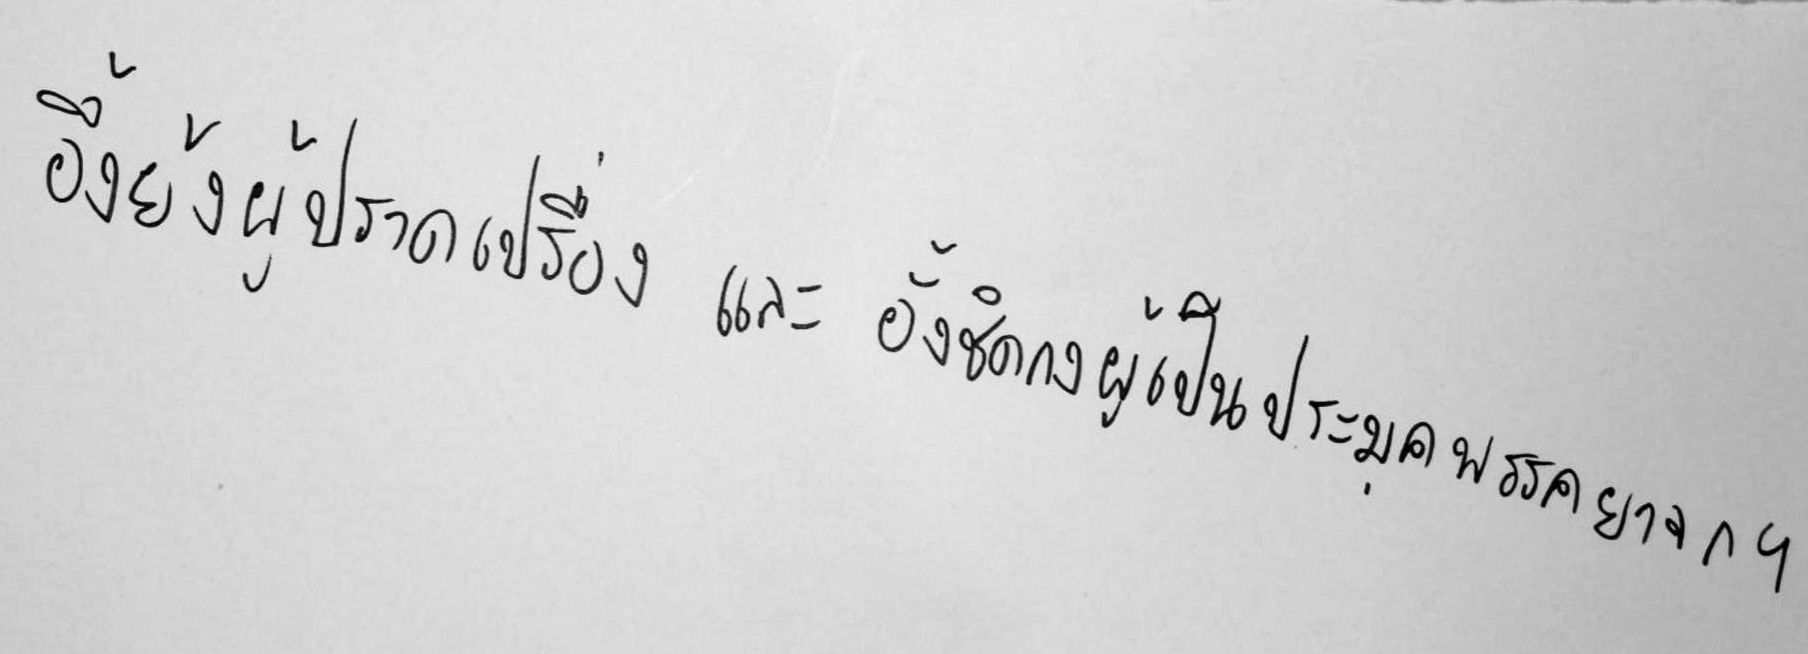
อึ้งย้งผู้ปราดเปรื่อง และ อั้งชิดกงผู้เป็นประมุคพรรคยาจก